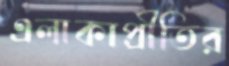
এলাকাপ্রীতির